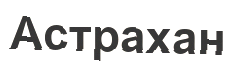
Астрахан